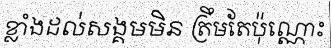
ខ្លាំងដល់សង្គមមិន ត្រឹមតែប៉ុណ្ណោះ